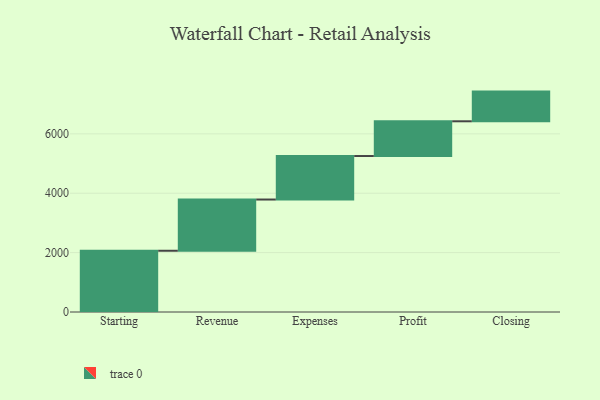
{"axis": {"x": "Step", "y": "Value"}, "legend": [""], "data": [{"x": "Starting", "y": 2063.0, "type": ""}, {"x": "Revenue", "y": 1725.0, "type": ""}, {"x": "Expenses", "y": 1465.0, "type": ""}, {"x": "Profit", "y": 1170.0, "type": ""}, {"x": "Closing", "y": 1000, "type": ""}]}